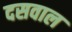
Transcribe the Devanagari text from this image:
दसवाल